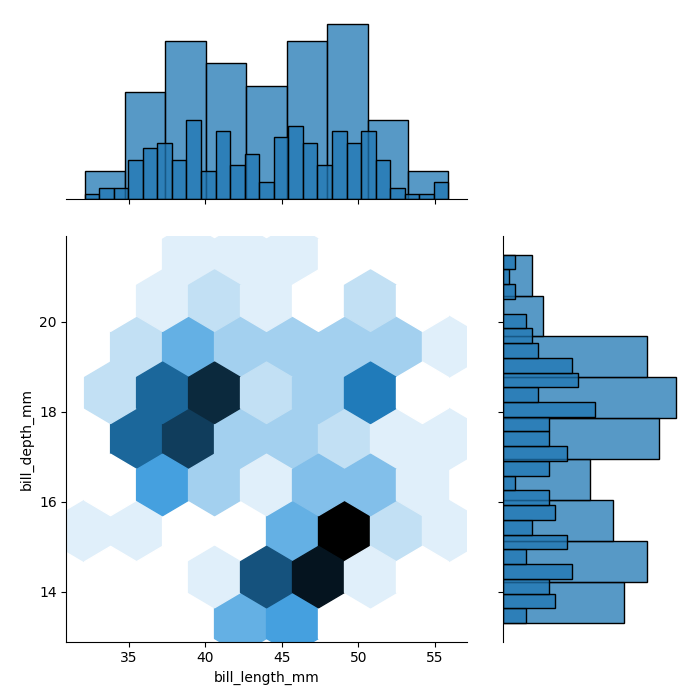
python, seaborn, jointplot, kind='hex', height='7', ratio='2', marginal_ticks='False'